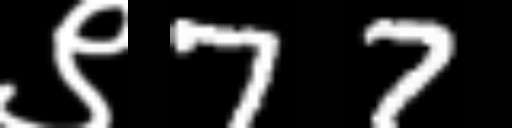
Text: ९77